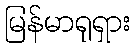
မြန်မာရုရှား